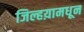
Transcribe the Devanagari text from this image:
जिल्हय़ामधून